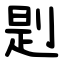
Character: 㓳